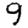
Digit: 9